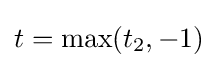
t=\max(t_{2},-1)